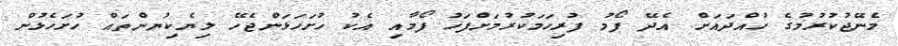
މެނޭޖުކުރުމުގެ ހުއްދައަށް އެދޭ ފޯމު ފުރިހަމަކުރުމަށްފަހު ފޯމާއި އެކު ހުށަހަޅަންޖެހޭ ލިޔެކިޔުންތައް ހުށަހެޅުން